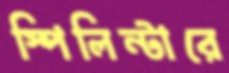
স্পিলিন্টারে